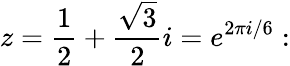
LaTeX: z={\frac{1}{2}}+{\frac{\sqrt{3}}{2}}i=e^{2\pi i/6}: